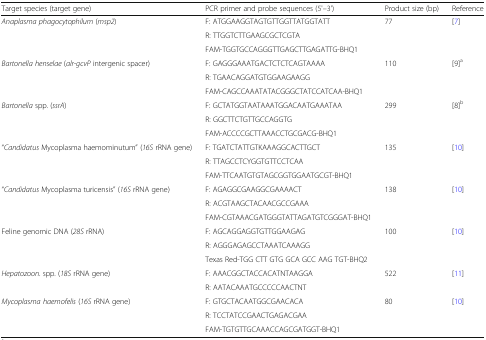
| Target species (target gene) | PCR primer and probe sequences (5'–3') | Product size (bp) | Reference |
 | --- | --- | --- | --- |
 | <ROWSPAN=3> Anaplasma phagocytophilum (msp2) | F: ATGGAAGGTAGTGTTGGTTATGGTATT | <ROWSPAN=3> 77 | <ROWSPAN=3> [7] |
 | R: TTGGTCTTGAAGCGCTCGTA |
 | FAM-TGGTGCCAGGGTTGAGCTTGAGATTG-BHQ1 |
 | <ROWSPAN=3> Bartonella henselae (alr-gcvP intergenic spacer) | F: GAGGGAAATGACTCTCTCAGTAAAA | <ROWSPAN=3> 110 | <ROWSPAN=3> [9]a |
 | R: TGAACAGGATGTGGAAGAAGG |
 | FAM-CAGCCAAATATACGGGCTATCCATCAA-BHQ1 |
 | <ROWSPAN=3> Bartonella spp. (ssrA) | F: GCTATGGTAATAAATGGACAATGAAATAA | <ROWSPAN=3> 299 | <ROWSPAN=3> [8]b |
 | R: GGCTTCTGTTGCCAGGTG |
 | FAM-ACCCCGCTTAAACCTGCGACG-BHQ1 |
 | <ROWSPAN=3> “Candidatus Mycoplasma haemominutum” (16S rRNA gene) | F: TGATCTATTGTKAAAGGCACTTGCT | <ROWSPAN=3> 135 | <ROWSPAN=3> [10] |
 | R: TTAGCCTCYGGTGTTCCTCAA |
 | FAM-TTCAATGTGTAGCGGTGGAATGCGT-BHQ1 |
 | <ROWSPAN=3> “Candidatus Mycoplasma turicensis” (16S rRNA gene) | F: AGAGGCGAAGGCGAAAACT | <ROWSPAN=3> 138 | <ROWSPAN=3> [10] |
 | R: ACGTAAGCTACAACGCCGAAA |
 | FAM-CGTAAACGATGGGTATTAGATGTCGGGAT-BHQ1 |
 | <ROWSPAN=3> Feline genomic DNA (28S rRNA) | F: AGCAGGAGGTGTTGGAAGAG | <ROWSPAN=3> 100 | <ROWSPAN=3> [10] |
 | R: AGGGAGAGCCTAAATCAAAGG |
 | Texas Red-TGG CTT GTG GCA GCC AAG TGT-BHQ2 |
 | <ROWSPAN=2> Hepatozoon. spp. (18S rRNA gene) | F: AAACGGCTACCACATNTAAGGA | <ROWSPAN=2> 522 | <ROWSPAN=2> [11] |
 | R: AATACAAATGCCCCCAACTNT |
 | <ROWSPAN=3> Mycoplasma haemofelis (16S rRNA gene) | F: GTGCTACAATGGCGAACACA | <ROWSPAN=3> 80 | <ROWSPAN=3> [10] |
 | R: TCCTATCCGAACTGAGACGAA |
 | FAM-TGTGTTGCAAACCAGCGATGGT-BHQ1 |